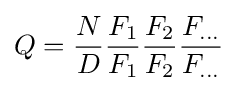
Q={\frac {N}{D}}{\frac {F_{1}}{F_{1}}}{\frac {F_{2}}{F_{2}}}{\frac {F_{\ldots }}{F_{\ldots }}}